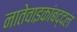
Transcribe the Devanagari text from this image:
नातेवाइकांबद्दल